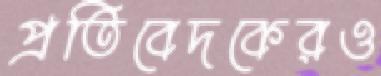
প্রতিবেদকেরও